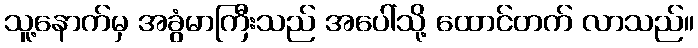
သူ့နောက်မှ အခွံမာကြီးသည် အပေါ်သို့ ထောင်တက် လာသည်။